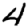
Digit: 4